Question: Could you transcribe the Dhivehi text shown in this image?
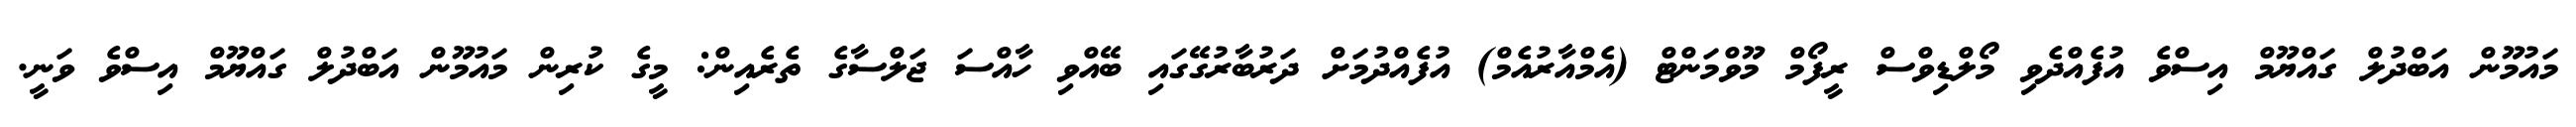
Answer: މައުމޫން އަބްދުލް ގައްޔޫމް އިސްވެ އުފެއްދެވި މޯލްޑިވްސް ރީފޯމް މޫވްމަންޓް (އެމްއާރުއެމް) އުފެއްދުމަށް ދަރުބާރުގޭގައި ބޭއްވި ހާއްސަ ޖަލްސާގެ ތެރެއިން: މީގެ ކުރިން މައުމޫން އަބްދުލް ގައްޔޫމް އިސްވެ ވަނީ.